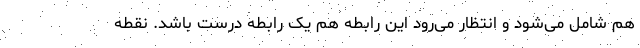
هم شامل می‌شود و انتظار می‌رود این رابطه هم یک رابطه درست باشد. نقطه